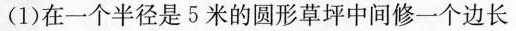
(1)在一个半径是5米的圆形草坪中间修一个边长